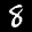
Label: 8